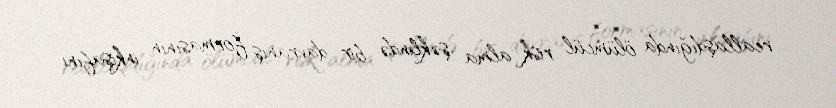
reallaşdığında ölümcül risk alma şəklində bir davranış formasının inkişafını